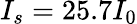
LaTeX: I_{s}=25.7I_{0}